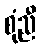
စုံညီ